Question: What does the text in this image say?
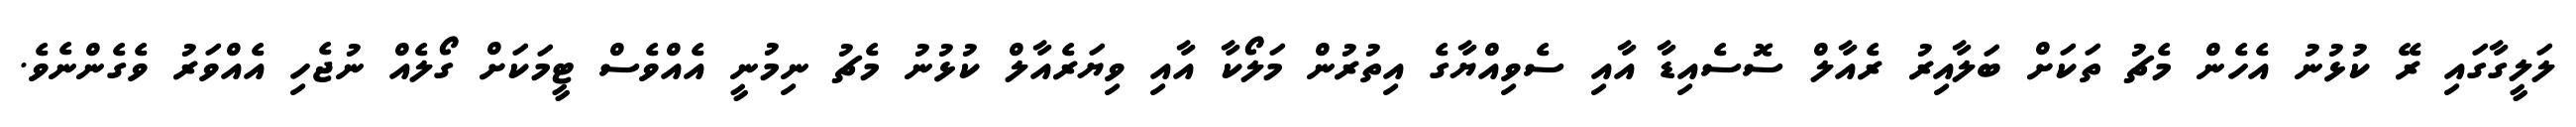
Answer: ލަލީގާގައި ރޭ ކުޅުނު އެހެން މެޗު ތަކަށް ބަލާއިރު ރެއާލް ސޮސެއިޑާ އާއި ސެވިއްޔާގެ އިތުރުން މަލޯކާ އާއި ވިޔަރެއާލް ކުޅުނު މެޗު ނިމުނީ އެއްވެސް ޓީމަކަށް ގޯލެއް ނުޖެހި އެއްވަރު ވެގެންނެވެ.